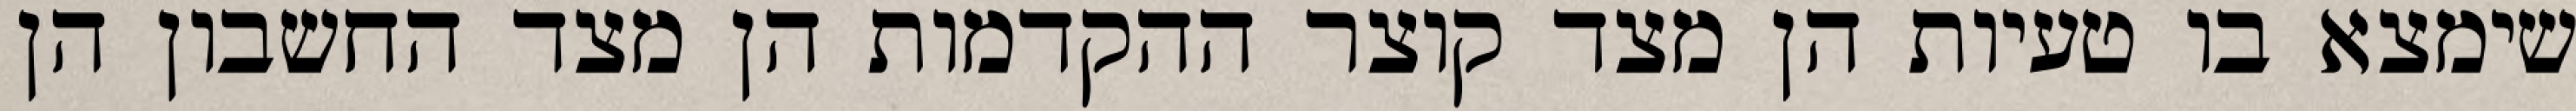
שימצא בו טעיות הן מצד קוצר ההקדמות הן מצד החשבון הן